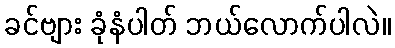
ခင်ဗျား ခုံနံပါတ် ဘယ်လောက်ပါလဲ။